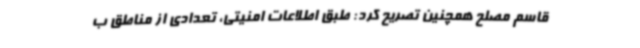
قاسم مصلح همچنین تصریح کرد: طبق اطلاعات امنیتی، تعدادی از مناطق ب